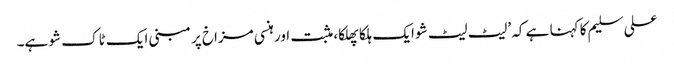
علی سلیم کا کہنا ہے کہ ’لیٹ لیٹ شو ایک ہلکا پھلکا، مثبت اور ہنسی مزاخ پر مبنی ایک ٹاک شو ہے۔